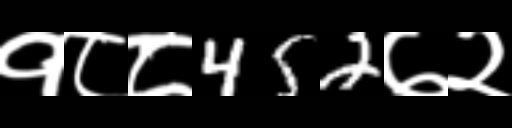
Text: १८८452७२